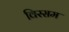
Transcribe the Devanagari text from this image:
विस्सम